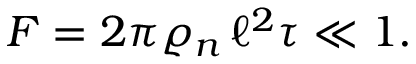
F = 2 \pi \varrho _ { n } \, \ell ^ { 2 } \tau \ll 1 .